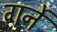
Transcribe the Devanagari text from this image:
गर्ने